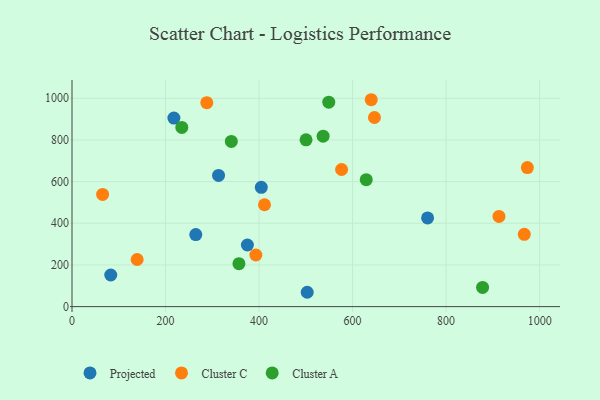
{"axis": {"x": "Investment", "y": "Yield"}, "legend": ["Cluster A", "Cluster C", "Projected"], "data": [{"x": "264.7", "y": 345.9, "type": "Projected"}, {"x": "760.4", "y": 425.9, "type": "Projected"}, {"x": "217.9", "y": 905.0, "type": "Projected"}, {"x": "82.9", "y": 151.8, "type": "Projected"}, {"x": "375.1", "y": 295.7, "type": "Projected"}, {"x": "503.0", "y": 68.9, "type": "Projected"}, {"x": "404.8", "y": 572.8, "type": "Projected"}, {"x": "313.4", "y": 629.6, "type": "Projected"}, {"x": "139.3", "y": 226.3, "type": "Cluster C"}, {"x": "646.8", "y": 907.6, "type": "Cluster C"}, {"x": "393.2", "y": 247.8, "type": "Cluster C"}, {"x": "576.5", "y": 658.1, "type": "Cluster C"}, {"x": "65.5", "y": 538.7, "type": "Cluster C"}, {"x": "639.9", "y": 993.0, "type": "Cluster C"}, {"x": "973.8", "y": 667.3, "type": "Cluster C"}, {"x": "967.2", "y": 346.8, "type": "Cluster C"}, {"x": "411.7", "y": 489.0, "type": "Cluster C"}, {"x": "913.1", "y": 432.8, "type": "Cluster C"}, {"x": "288.3", "y": 978.9, "type": "Cluster C"}, {"x": "340.7", "y": 793.0, "type": "Cluster A"}, {"x": "537.0", "y": 818.1, "type": "Cluster A"}, {"x": "500.5", "y": 800.6, "type": "Cluster A"}, {"x": "357.0", "y": 206.0, "type": "Cluster A"}, {"x": "234.8", "y": 860.0, "type": "Cluster A"}, {"x": "629.2", "y": 609.3, "type": "Cluster A"}, {"x": "878.0", "y": 92.3, "type": "Cluster A"}, {"x": "549.1", "y": 981.4, "type": "Cluster A"}]}